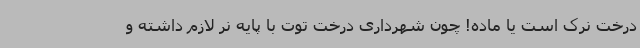
درخت نرک است یا ماده! چون شهرداری درخت توت با پایه نر لازم داشته و